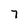
Character: 7